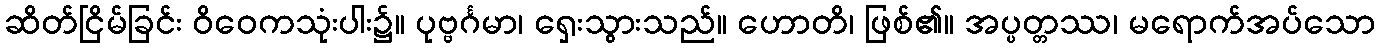
ဆိတ်ငြိမ်ခြင်း ဝိဝေကသုံးပါး၌။ ပုဗ္ဗင်္ဂမာ၊ ရှေးသွားသည်။ ဟောတိ၊ ဖြစ်၏။ အပ္ပတ္တဿ၊ မရောက်အပ်သော